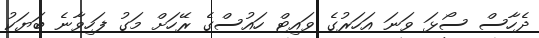
ދެހާސް ސޯޅަ ވަނަ އަހަރުގެ ވައިޓް ހައުސްގެ ރޭހަށް މަގު ފަހިވާނެ ބަޔަކު